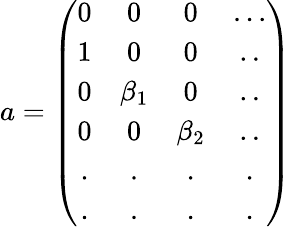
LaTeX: a=\left(\begin{array}{cccc}{{0}}&{{0}}&{{0}}&{{...}}\\ {{1}}&{{0}}&{{0}}&{{..}}\\ {{0}}&{{\beta_{1}}}&{{0}}&{{..}}\\ {{0}}&{{0}}&{{\beta_{2}}}&{{..}}\\ {{.}}&{{.}}&{{.}}&{{.}}\\ {{.}}&{{.}}&{{.}}&{{.}}\end{array}\right)